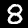
Label: 8